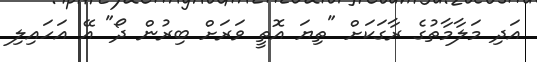
އަދި މަލާމާތުގެ ރާގަކަށް "ތިޔަ އޮތީ ވަރަށް ބިރުން ދޯ" އޭ އަހައިލި